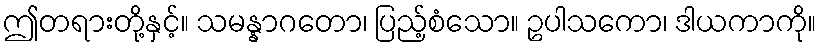
ဤတရားတို့နှင့်။ သမန္နာဂတော၊ ပြည့်စံသော။ ဥပါသကော၊ ဒါယကာကို။